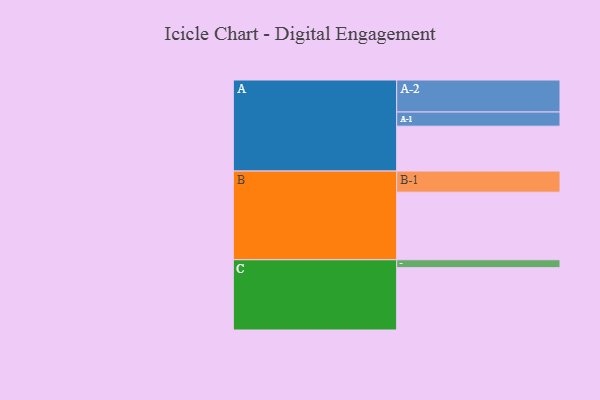
{"axis": {"x": "Segment", "y": "Value"}, "legend": ["", "A", "B", "C"], "data": [{"x": "A", "y": 317, "type": ""}, {"x": "B", "y": 477, "type": ""}, {"x": "C", "y": 440, "type": ""}, {"x": "A-1", "y": 100, "type": "A"}, {"x": "A-2", "y": 226, "type": "A"}, {"x": "B-1", "y": 149, "type": "B"}, {"x": "C-1", "y": 56, "type": "C"}]}